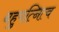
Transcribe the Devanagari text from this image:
बहुपत्नित्व